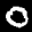
Label: 0